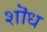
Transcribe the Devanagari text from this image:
शॊध